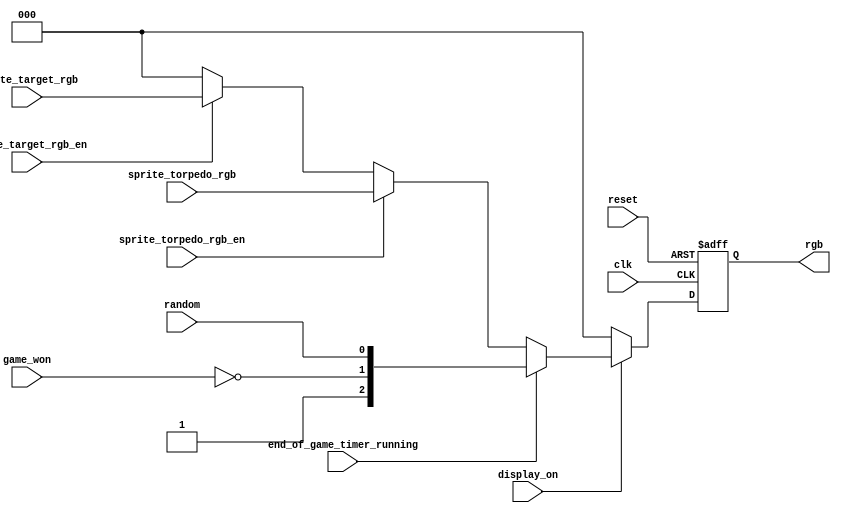
module game_mixer
(
    input            clk,
    input            reset,

    input            display_on,

    input            sprite_target_rgb_en,
    input      [2:0] sprite_target_rgb,

    input            sprite_torpedo_rgb_en,
    input      [2:0] sprite_torpedo_rgb,

    input            game_won,
    input            end_of_game_timer_running,
    input            random,

    output reg [2:0] rgb
);

    always @ (posedge clk or posedge reset)
        if (reset)
            rgb <= 3'b000;
        else if (! display_on)
            rgb <= 3'b000;
        else if (end_of_game_timer_running)
            rgb <= { 1'b1, ~ game_won, random };
        else if (sprite_torpedo_rgb_en)
            rgb <= sprite_torpedo_rgb;
        else if (sprite_target_rgb_en)
            rgb <= sprite_target_rgb;
        else
            rgb <= 3'b000;

endmodule